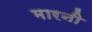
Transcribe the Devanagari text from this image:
मारनी